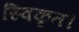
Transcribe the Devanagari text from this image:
स्विकृत।